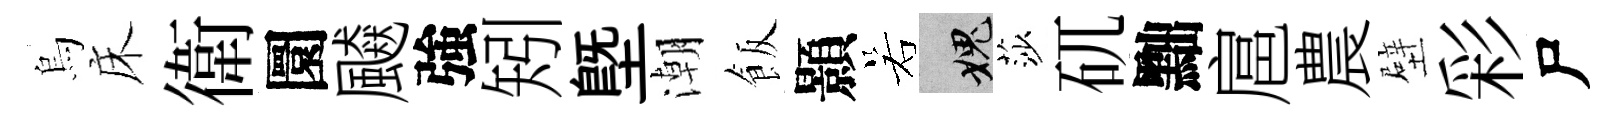
烏床衛圜飇強矧塈潮飯顥若愧莎矹黜扈農壁彩尸